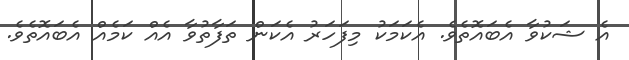
އެ ޝަކުވާ އެބައޮތެވެ. އެކަމަކު މިފަހަރު އެކަން ތަފާތުވާ އެއް ކަމެއް އެބައޮތެވެ.